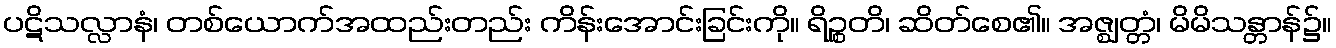
ပဋိသလ္လာနံ၊ တစ်ယောက်အထည်းတည်း ကိန်းအောင်းခြင်းကို။ ရိဉ္စတိ၊ ဆိတ်စေ၏။ အဇ္ဈတ္တံ၊ မိမိသန္တာန်၌။